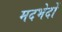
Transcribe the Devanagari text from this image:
मदभेदों